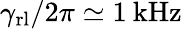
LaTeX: \gamma_{\mathrm{rl}}/2\pi\simeq 1\: \mathrm{kHz}